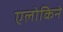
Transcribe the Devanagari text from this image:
एलोकिने